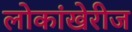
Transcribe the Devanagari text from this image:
लोकांखेरीज